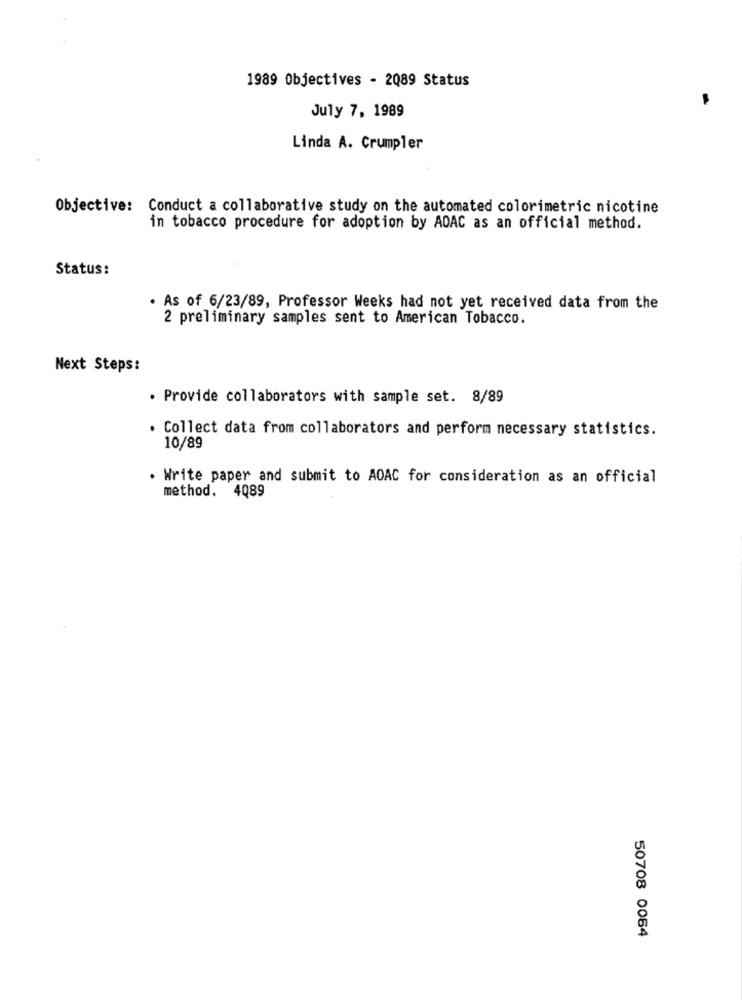
1989 Objectives - 2089 Status
July 7, 1989
Linda A. Crumpler
Objective: Conduct a collaborative study on the automated colorimetric nicotine
in tobacco procedure for adoption by ADAC as an official method.
Status:
. As of 6/23/89, Professor Weeks had not yet received data from the
2 preliminary samples sent to American Tobacco.
Next Steps:
. Provide collaborators with sample set. 8/89
. Collect data from collaborators and perform necessary statistics.
10/89
. Write paper and submit to AOAC for consideration as an official
method. 4089
50708 0064